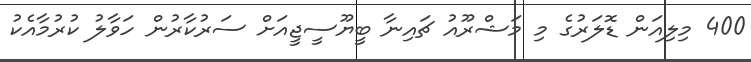
400 މިލިއަން ޑޮލަރުގެ މި މަޝްރޫއު ޗައިނާ ބީޔޫސީޖީއަށް ސަރުކާރުން ހަވާލު ކުރުމާއެކު